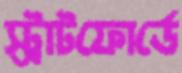
স্ট্রাটফোর্ডে